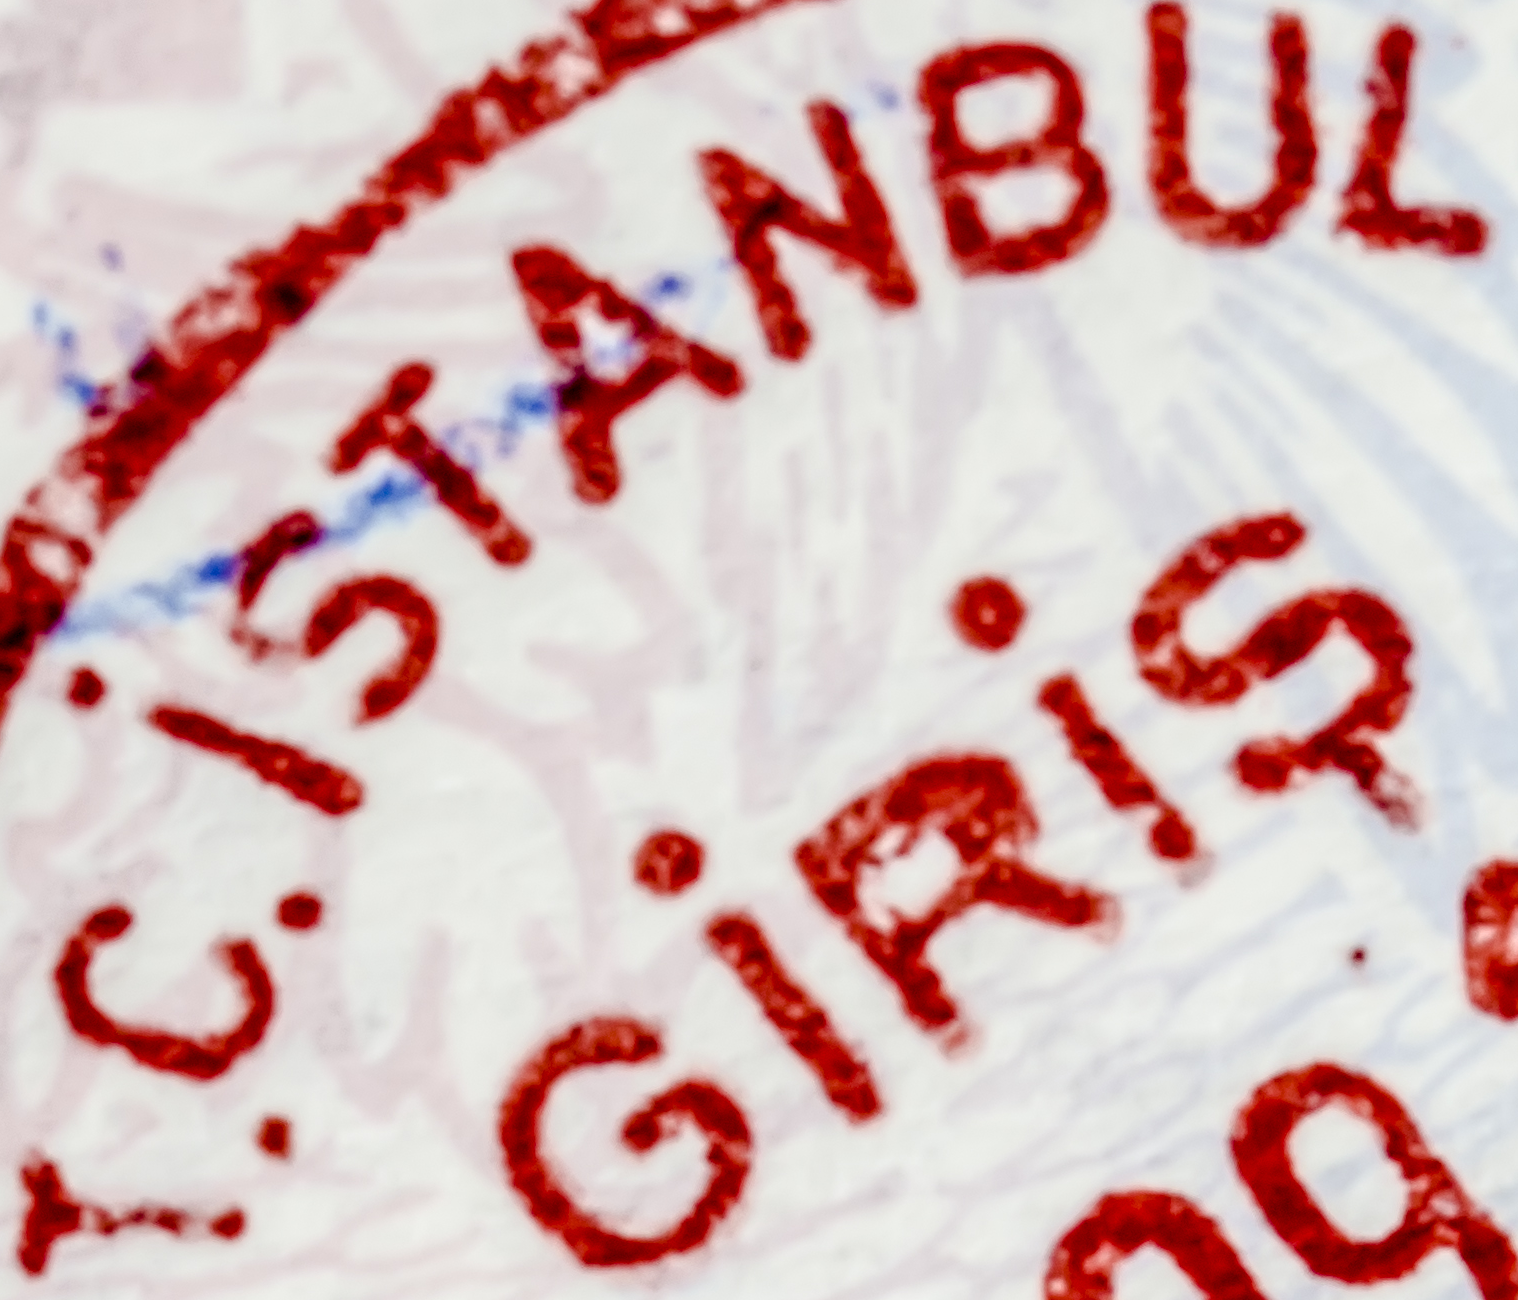
T.C. ISTANBUL